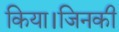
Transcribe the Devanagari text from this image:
किया।जिनकी